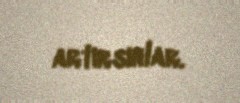
artırsınlar.